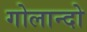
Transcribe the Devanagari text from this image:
गोलान्दो